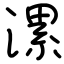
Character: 漯